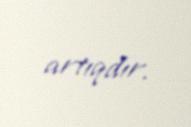
artıqdır.